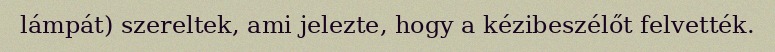
lámpát) szereltek, ami jelezte, hogy a kézibeszélőt felvették.